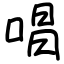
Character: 唱